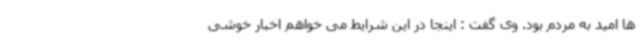
ها امید به مردم بود. وی گفت : اینجا در این شرایط می خواهم اخبار خوشی